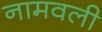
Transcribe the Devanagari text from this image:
नामवली